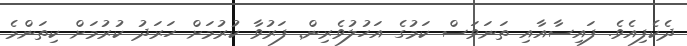
ދެކެފިއެވެ. ފައިސާއާއި ތަނަވަސް ކަމުގެ އަހުލުވެރިން